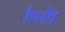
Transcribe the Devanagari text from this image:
हैम्स्टीड